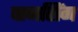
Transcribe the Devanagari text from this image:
पानसिंग